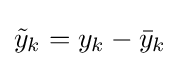
{\tilde {y}}_{k}=y_{k}-{\bar {y}}_{k}